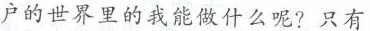
户的世界里的我能做什么呢?只有